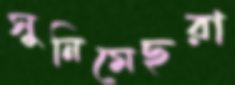
সুনিমেছরা